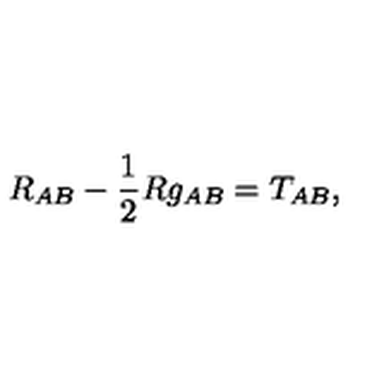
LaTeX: R _ { A B } - { \frac { 1 } { 2 } } R g _ { A B } = T _ { A B } ,